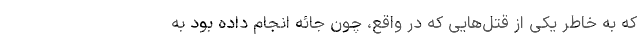
که به خاطر یکی از قتل‌هایی که در واقع، چون جائه انجام داده بود به